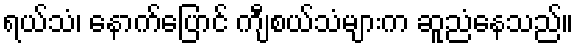
ရယ်သံ၊ နောက်ပြောင် ကျီစယ်သံများက ဆူညံနေသည်။